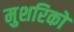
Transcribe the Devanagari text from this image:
मुशरिकों